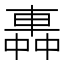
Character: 𨌼